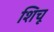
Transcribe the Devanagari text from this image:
शिचू